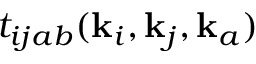
t _ { i j a b } ( \mathbf { k } _ { i } , \mathbf { k } _ { j } , \mathbf { k } _ { a } )